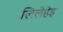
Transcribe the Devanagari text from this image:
लिलेहेइ